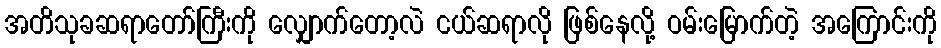
အတိသုခဆရာတော်ကြီးကို လျှောက်တော့လဲ ငယ်ဆရာလို ဖြစ်နေလို့ ဝမ်းမြောက်တဲ့ အကြောင်းကို